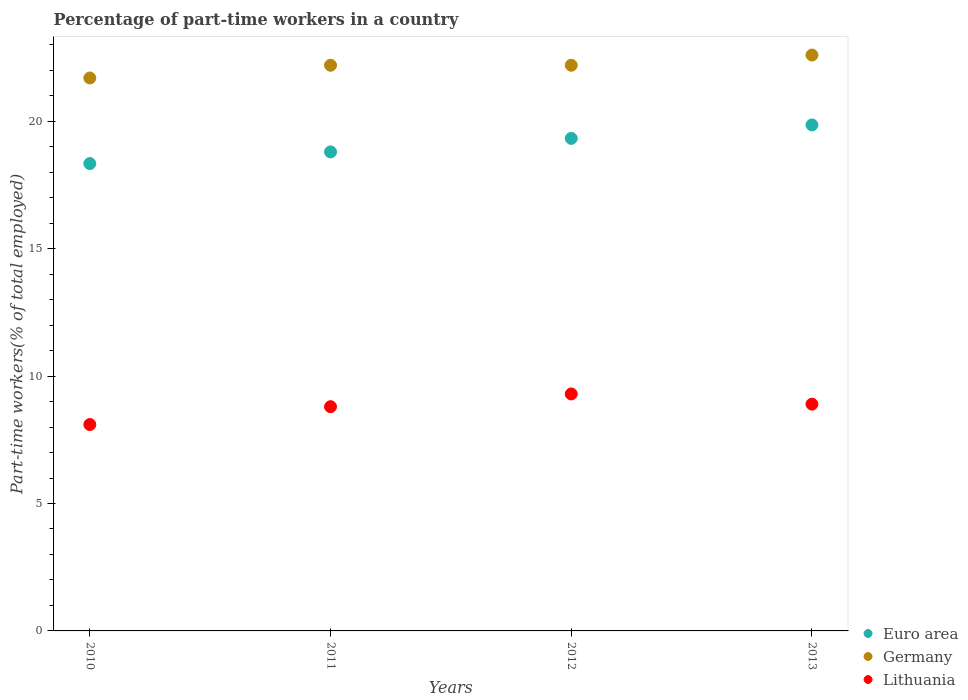
| Years | Euro area | Germany | Lithuania |
 | --- | --- | --- | --- |
 | 2010 | 18.3 | 21.7 | 8.1 |
 | 2011 | 18.8 | 22.2 | 8.8 |
 | 2012 | 19.3 | 22.2 | 9.3 |
 | 2013 | 19.9 | 22.6 | 8.9 |